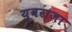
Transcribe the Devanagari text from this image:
युवराजा